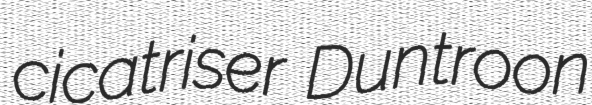
cicatriser Duntroon